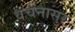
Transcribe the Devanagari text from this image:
वचनासुर